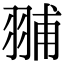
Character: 䎍